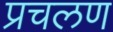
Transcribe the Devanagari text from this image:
प्रचलण